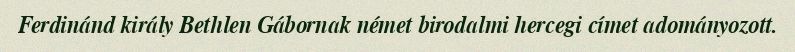
Ferdinánd király Bethlen Gábornak német birodalmi hercegi címet adományozott.